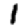
Digit: 1